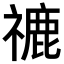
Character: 𥛞